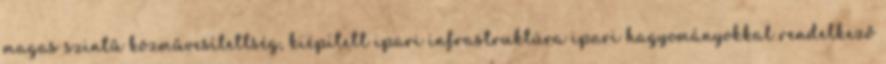
magas szintű közművesítettség, kiépített ipari infrastruktúra ipari hagyományokkal rendelkező